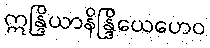
ဣန္ဒြိယာနိန္ဒြိယေဟေဝ